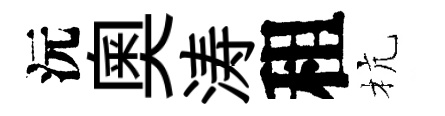
沅奥涛租杭